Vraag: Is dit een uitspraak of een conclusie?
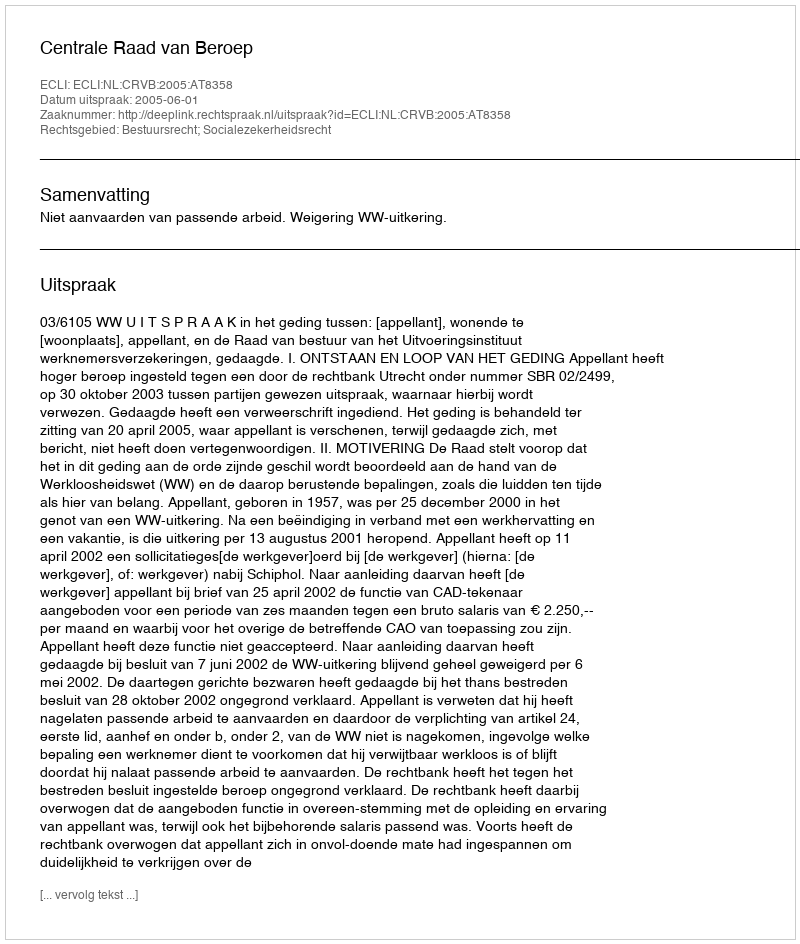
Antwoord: Uitspraak